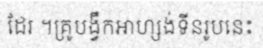
ដែរ ។គ្រូបង្វឹកអាហ្សង់ទីនរូបនេះ